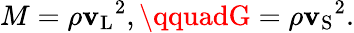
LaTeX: M=\rho{\mathbf{v}_{\mathrm{{L}}}}^{2},\qquadG=\rho{\mathbf{v}_{\mathrm{{S}}}}^{2}.